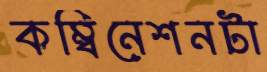
কম্বিনেশনটা